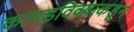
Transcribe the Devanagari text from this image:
कापडविक्याकडून